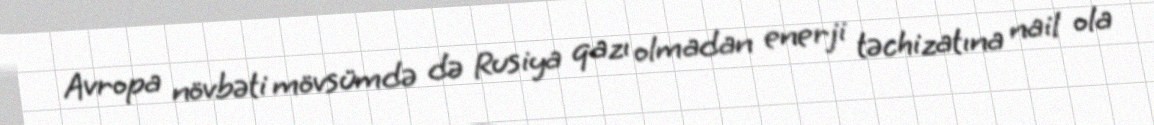
Avropa növbəti mövsümdə də Rusiya qazı olmadan enerji təchizatına nail ola